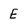
Character: E